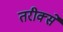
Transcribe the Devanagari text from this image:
तरीक्से